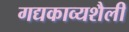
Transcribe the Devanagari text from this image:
गद्यकाव्यशैली